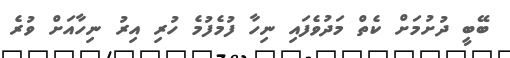
ބޭބީ ދުށުމަށް ކެތް މަދުވެފައި ނިހާ ފުމެފުމެ ހުރި އިރު ނިހާއަށް ވުރެ